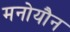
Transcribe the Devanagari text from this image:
मनोयौन